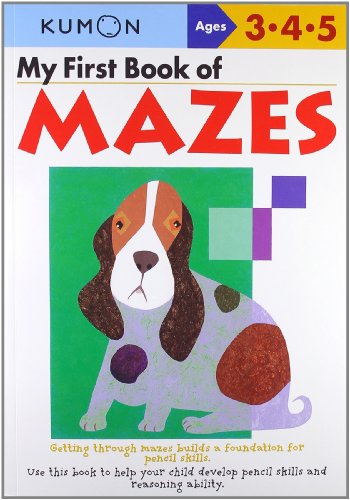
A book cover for My First Book Of Mazes; Education & Teaching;